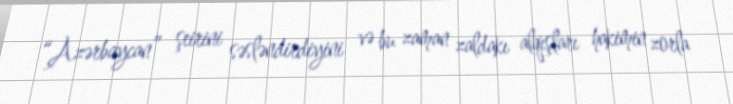
“Azərbaycan” şeirini səsləndirdiyini və bu zaman zaldakı alqışları hakimin zorla